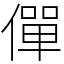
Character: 僤